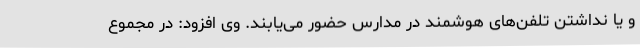
و یا نداشتن تلفن‌های هوشمند در مدارس حضور می‌یابند. وی افزود: در مجموع